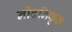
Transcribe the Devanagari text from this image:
नोंदनिकृत